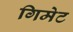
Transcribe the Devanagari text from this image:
गिमेट